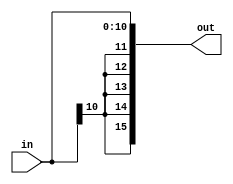
module sign_ext_11_16(out, in);

output [15:0] out;
input [10:0] in;

assign out = {{5{in[10]}}, in[10:0]};

endmodule